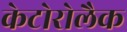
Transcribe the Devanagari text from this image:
केटोरोलैक